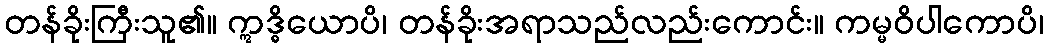
တန်ခိုးကြီးသူ၏။ ဣဒ္ဓိယောပိ၊ တန်ခိုးအရာသည်လည်းကောင်း။ ကမ္မဝိပါကောပိ၊